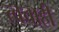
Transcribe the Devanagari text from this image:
त्वचाही